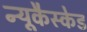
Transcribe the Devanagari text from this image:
न्यूकैस्केड